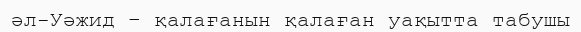
әл-Уәжид – қалағанын қалаған уақытта табушы